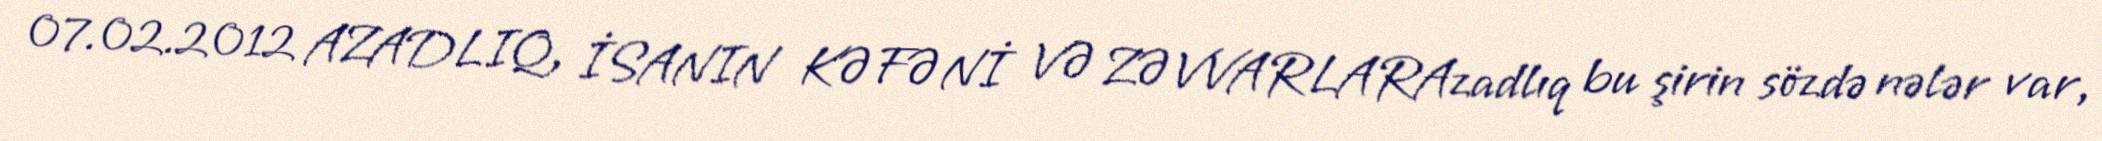
07.02.2012 AZADLIQ, İSANIN KƏFƏNİ VƏ ZƏVVARLARAzadlıq bu şirin sözdə nələr var,